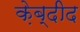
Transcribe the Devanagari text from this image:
क़ेब्दीद